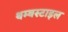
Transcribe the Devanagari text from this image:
थम्बस्टाइल